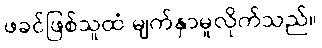
ဖခင်ဖြစ်သူထံ မျက်နှာမူလိုက်သည်။